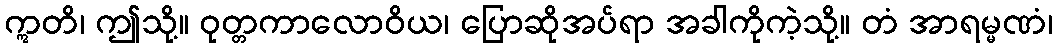
ဣတိ၊ ဤသို့။ ဝုတ္တကာလောဝိယ၊ ပြောဆိုအပ်ရာ အခါကိုကဲ့သို့။ တံ အာရမ္မဏံ၊